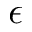
\boldsymbol { \epsilon }